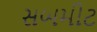
સબમીટ